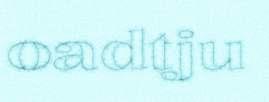
oadtju